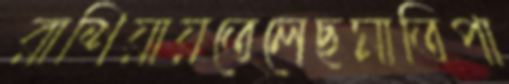
রাশিয়ায়তেলেছমাতিপা